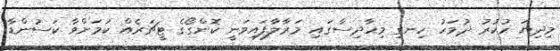
މިދިޔަ ހުކުރު ދުވަހު ހިނގި މިހާދިސާގައި މަރާލާފައިވަނީ ކޮންގޯގެ ޓީޗަރެއް ކަމަށްވާ ކަސުންޑާ